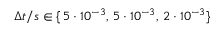
\Delta t / s \in \{ \, 5 \cdot 1 0 ^ { - 3 } , \, 5 \cdot 1 0 ^ { - 3 } , \, 2 \cdot 1 0 ^ { - 3 } \}